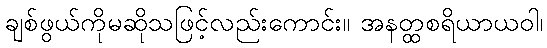
ချစ်ဖွယ်ကိုမဆိုသဖြင့်လည်းကောင်း။ အနတ္ထစရိယာယဝါ၊